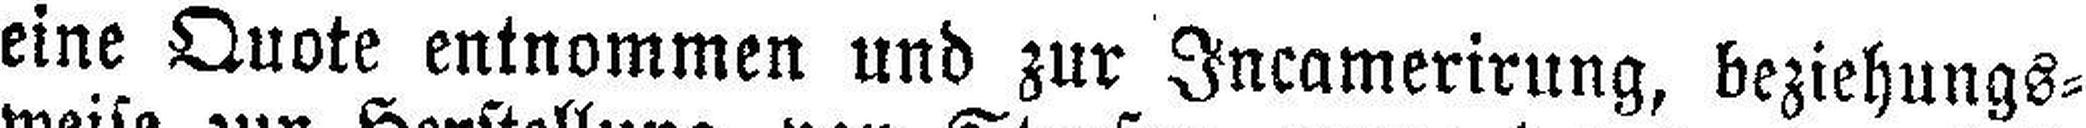
eine Quote entnommen und zur Incamerirung, beziehungs¬